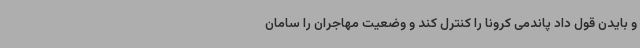
و بایدن قول داد پاندمی کرونا را کنترل کند و وضعیت مهاجران را سامان